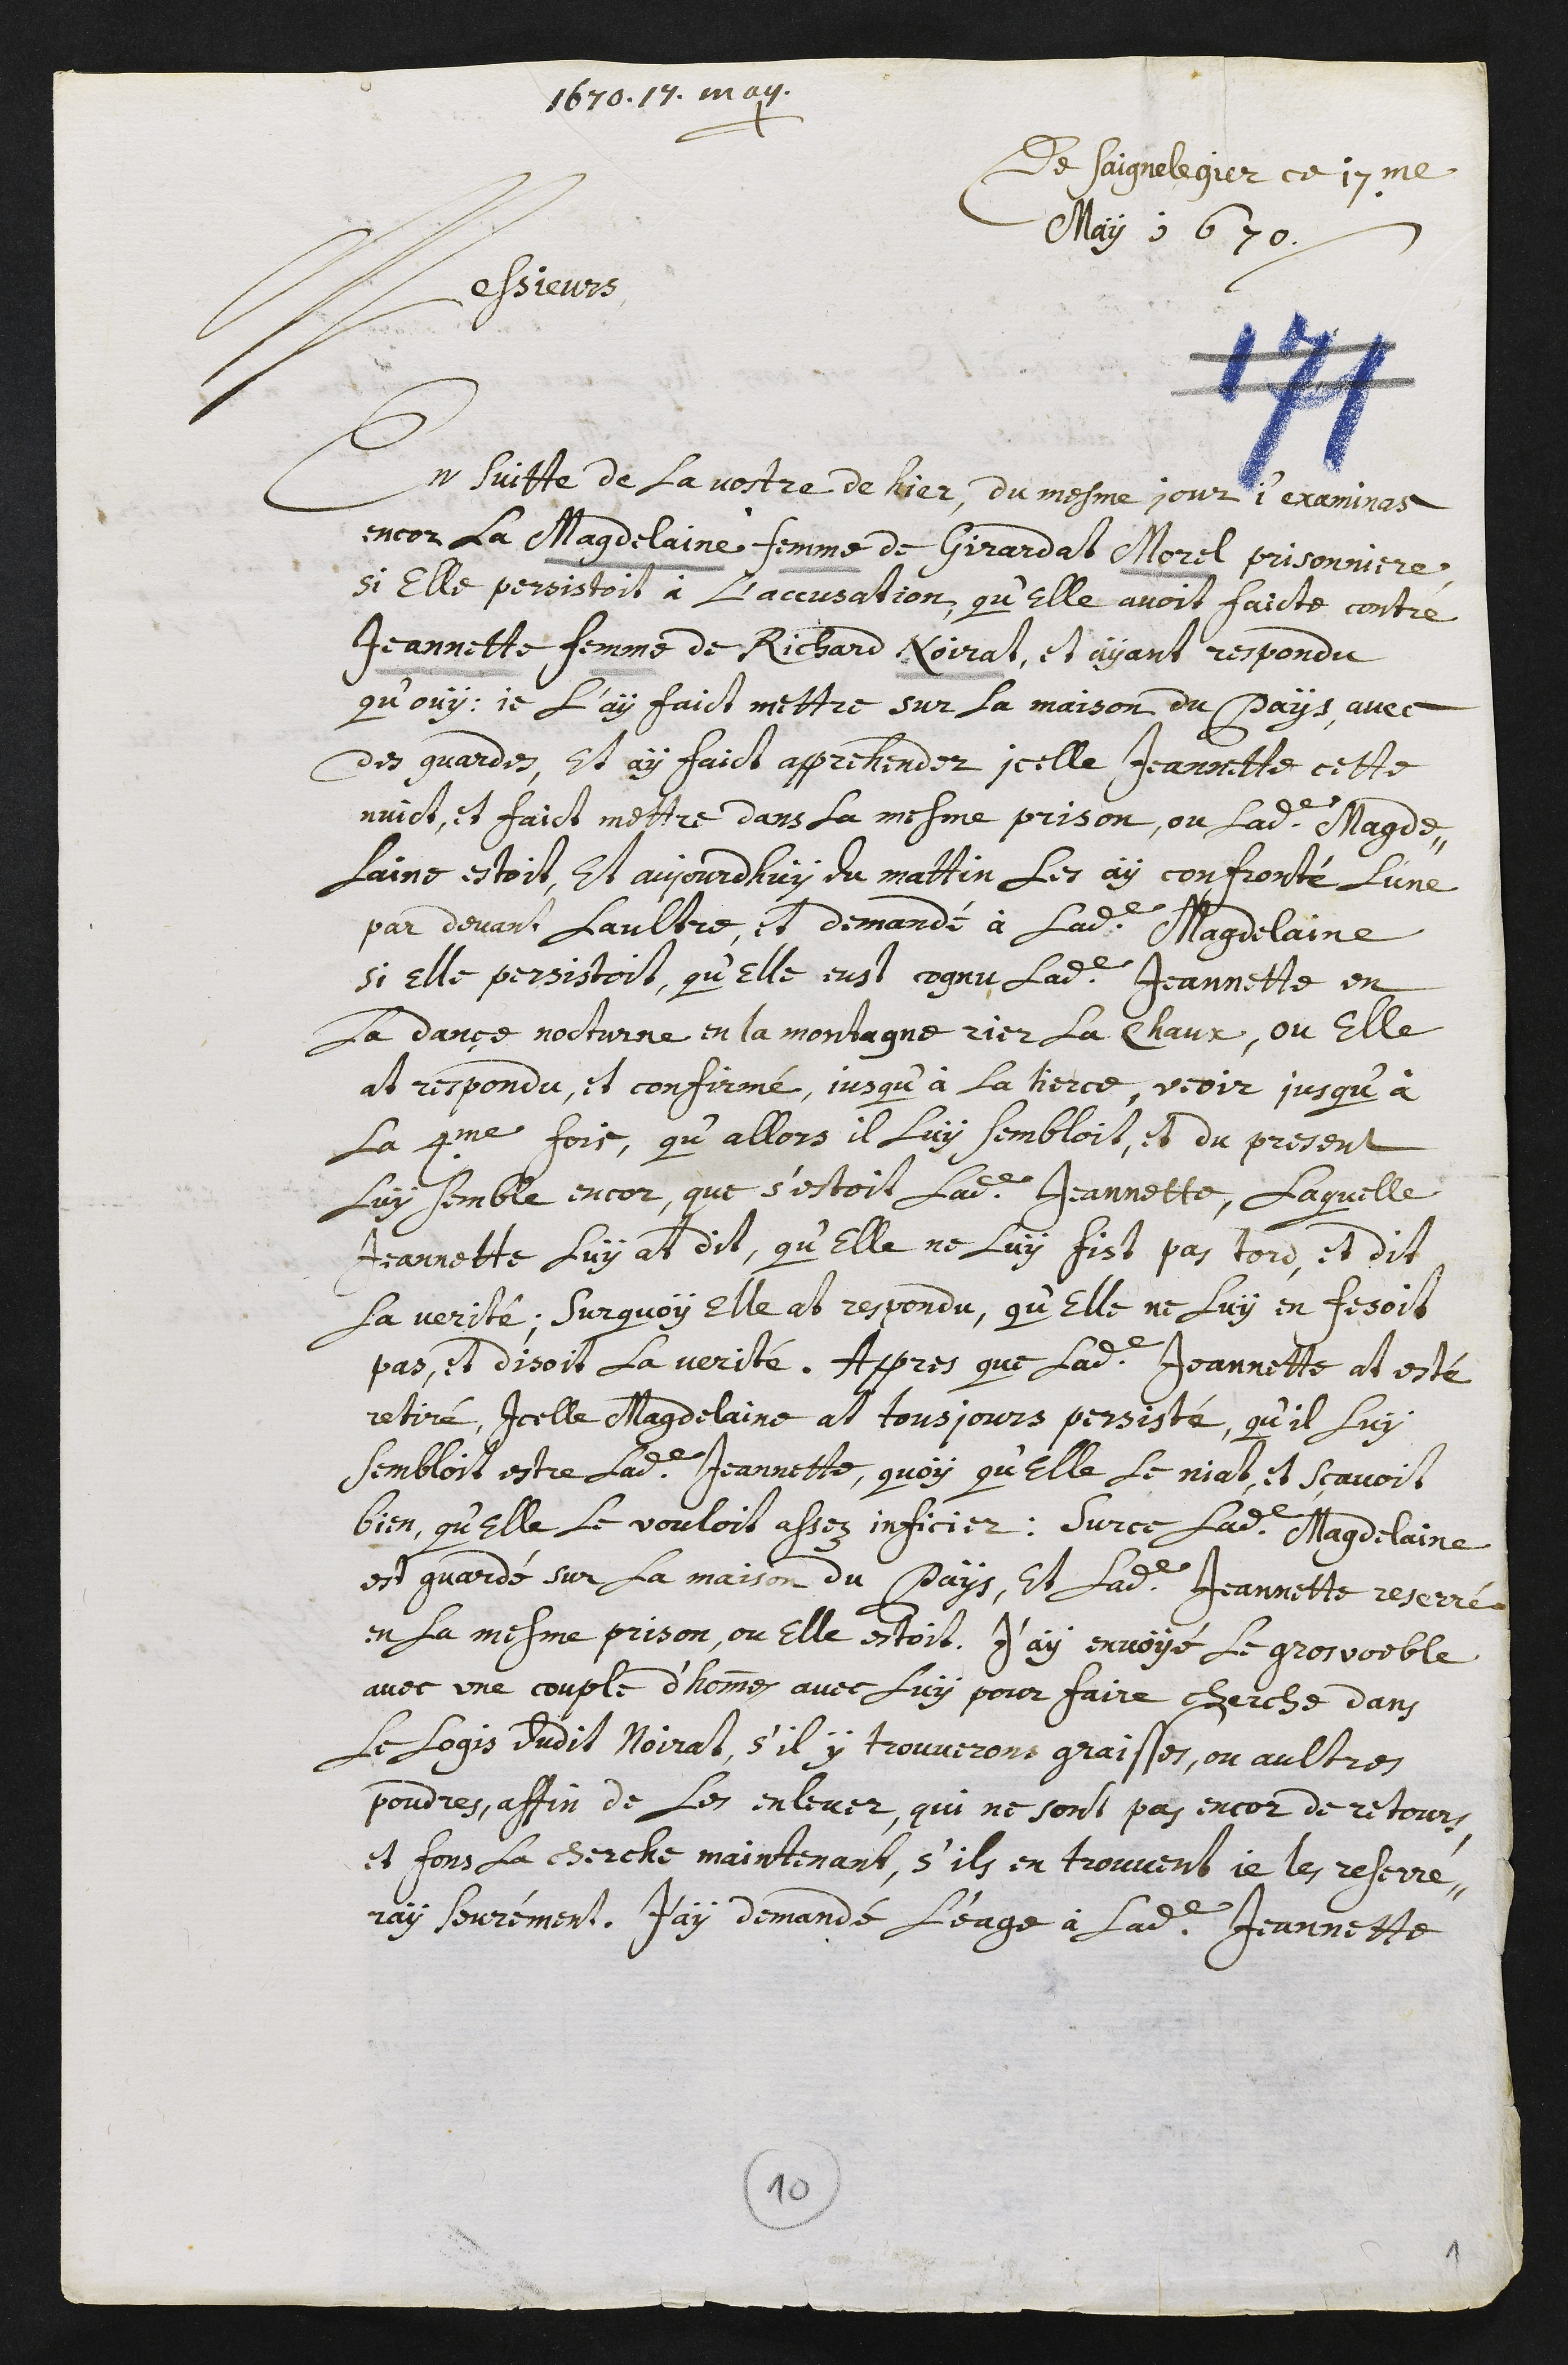
1670. 17. may.
+
De Saignelegier ce 17.me
May 1670.
Messieurs
En suitte de la vostre de hier, du mesme jour j’examinas
encor la Magdelaine femme de Girardat Morel, prisonniere,
si elle persistoit à l’accusation qu’elle avoit faicte contre
Jeannette femme de Richard Noirat, et ayant respondu
qu’ouy, je l’ay faict mettre sur la maison du pays, avec
des guardes, et ay faict apprehender icelle Jeannette cette
nuict, et faict mettre dans la mesme prison, ou ladite Magde-
laine estoit. Et aujourd’huy du mattin les ay confronté l’une
par devant l’aultre, et demandé à ladite Magdelaine
si elle persistoit qu’elle eust cognu ladite Jeannette en
la dançe nocturne en la montagne rier la Chaux, ou elle
at respondu, et confirmé, jusqu’à la tierce, veoir jusqu’à
la 4.me fois, qu’allors il luy sembloit, et du present
luy semble encor, que s’estoit ladite Jeannette. Laquelle
Jeannette luy at dit, qu’elle ne luy fist pas tord, et dit
la verité. Surquoy elle at respondu, qu’elle ne luy en fesoit
pas, et disoit la verité. Appres que ladite Jeannette at esté
retiré, icelle Magdelaine at tousjours persisté, qu’il luy
sembloit estre ladite Jeannette, quoy qu’elle le niat, et sçavoit
bien, qu’elle le vouloit assez inficier. Sur ce, ladite Magdelaine
est guardé sur la maison du pays, et ladite Jeannette reserré
en la mesme prison, ou elle estoit. J’ay envoyé le gros voeble
avec une couple d’hommes avec luy pour faire cherche dans
le logis dudit Noirat, s’il y trouverons graisses, ou aultres
poudres, affin de les enlever. Qui ne sont pas encor de retours,
et fons la cherche maintenant, s’ils en trouvent je les referre-
ray seurément. J’ay demandé l’eage à ladite Jeannette